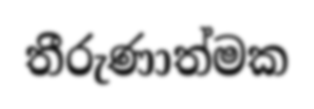
තීරුණාත්මක